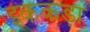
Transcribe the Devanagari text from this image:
इककड़ा